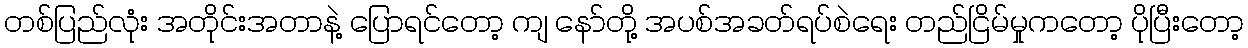
တစ်ပြည်လုံး အတိုင်းအတာနဲ့ ပြောရင်တော့ ကျ နော်တို့ အပစ်အခတ်ရပ်စဲရေး တည်ငြိမ်မှုကတော့ ပိုပြီးတော့